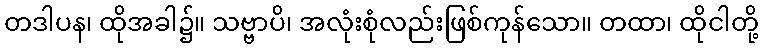
တဒါပန၊ ထိုအခါ၌။ သဗ္ဗာပိ၊ အလုံးစုံလည်းဖြစ်ကုန်သော။ တထာ၊ ထိုငါတို့